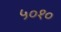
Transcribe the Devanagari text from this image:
५०१०